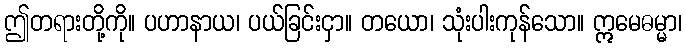
ဤတရားတို့ကို။ ပဟာနာယ၊ ပယ်ခြင်းငှာ။ တယော၊ သုံးပါးကုန်သော။ ဣမေဓမ္မာ၊